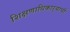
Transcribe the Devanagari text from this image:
शिक्षणाधिकाऱ्याची